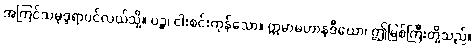
အကြင်သမုဒ္ဒရာပင်လယ်သို့။ ပဉ္စ၊ ငါးစင်းကုန်သော။ ဣမာမဟာနဒီယော၊ ဤမြစ်ကြီးတို့သည်။